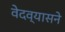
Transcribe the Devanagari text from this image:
वेदव्यासने